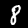
Digit: 8